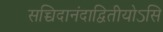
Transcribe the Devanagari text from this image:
सच्चिदानंदाद्वितीयोऽसि